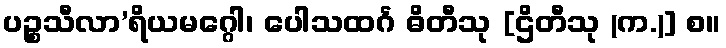
ပဉ္စသီလာ’ရိယမဂ္ဂေါ၊ ပေါသထင်္ဂ ဓိတီသု [ဌိတီသု (က.)] စ။